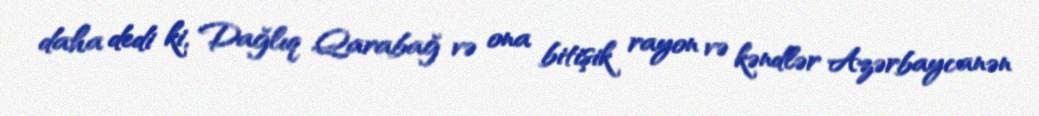
daha dedi ki, Dağlıq Qarabağ və ona bitişik rayon və kəndlər Azərbaycanən